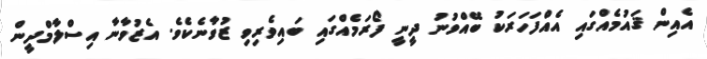
އެއިން ޤައުމެއްގައި އެއްފަހަރަކު ބޭއްވުނު ދީނީ ފޯރަމެއްގައި ބައިވެރިވި ޒުވާނެކެވެ. އެޒުވާާނާ އިސްލާމްދީން